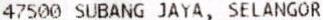
47500 SUBANG JAYA, SELANGOR